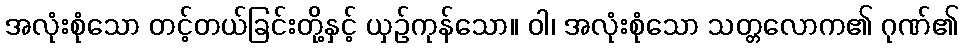
အလုံးစုံသော တင့်တယ်ခြင်းတို့နှင့် ယှဉ်ကုန်သော။ ဝါ၊ အလုံးစုံသော သတ္တလောက၏ ဂုဏ်၏